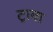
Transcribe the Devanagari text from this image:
ट्रावा